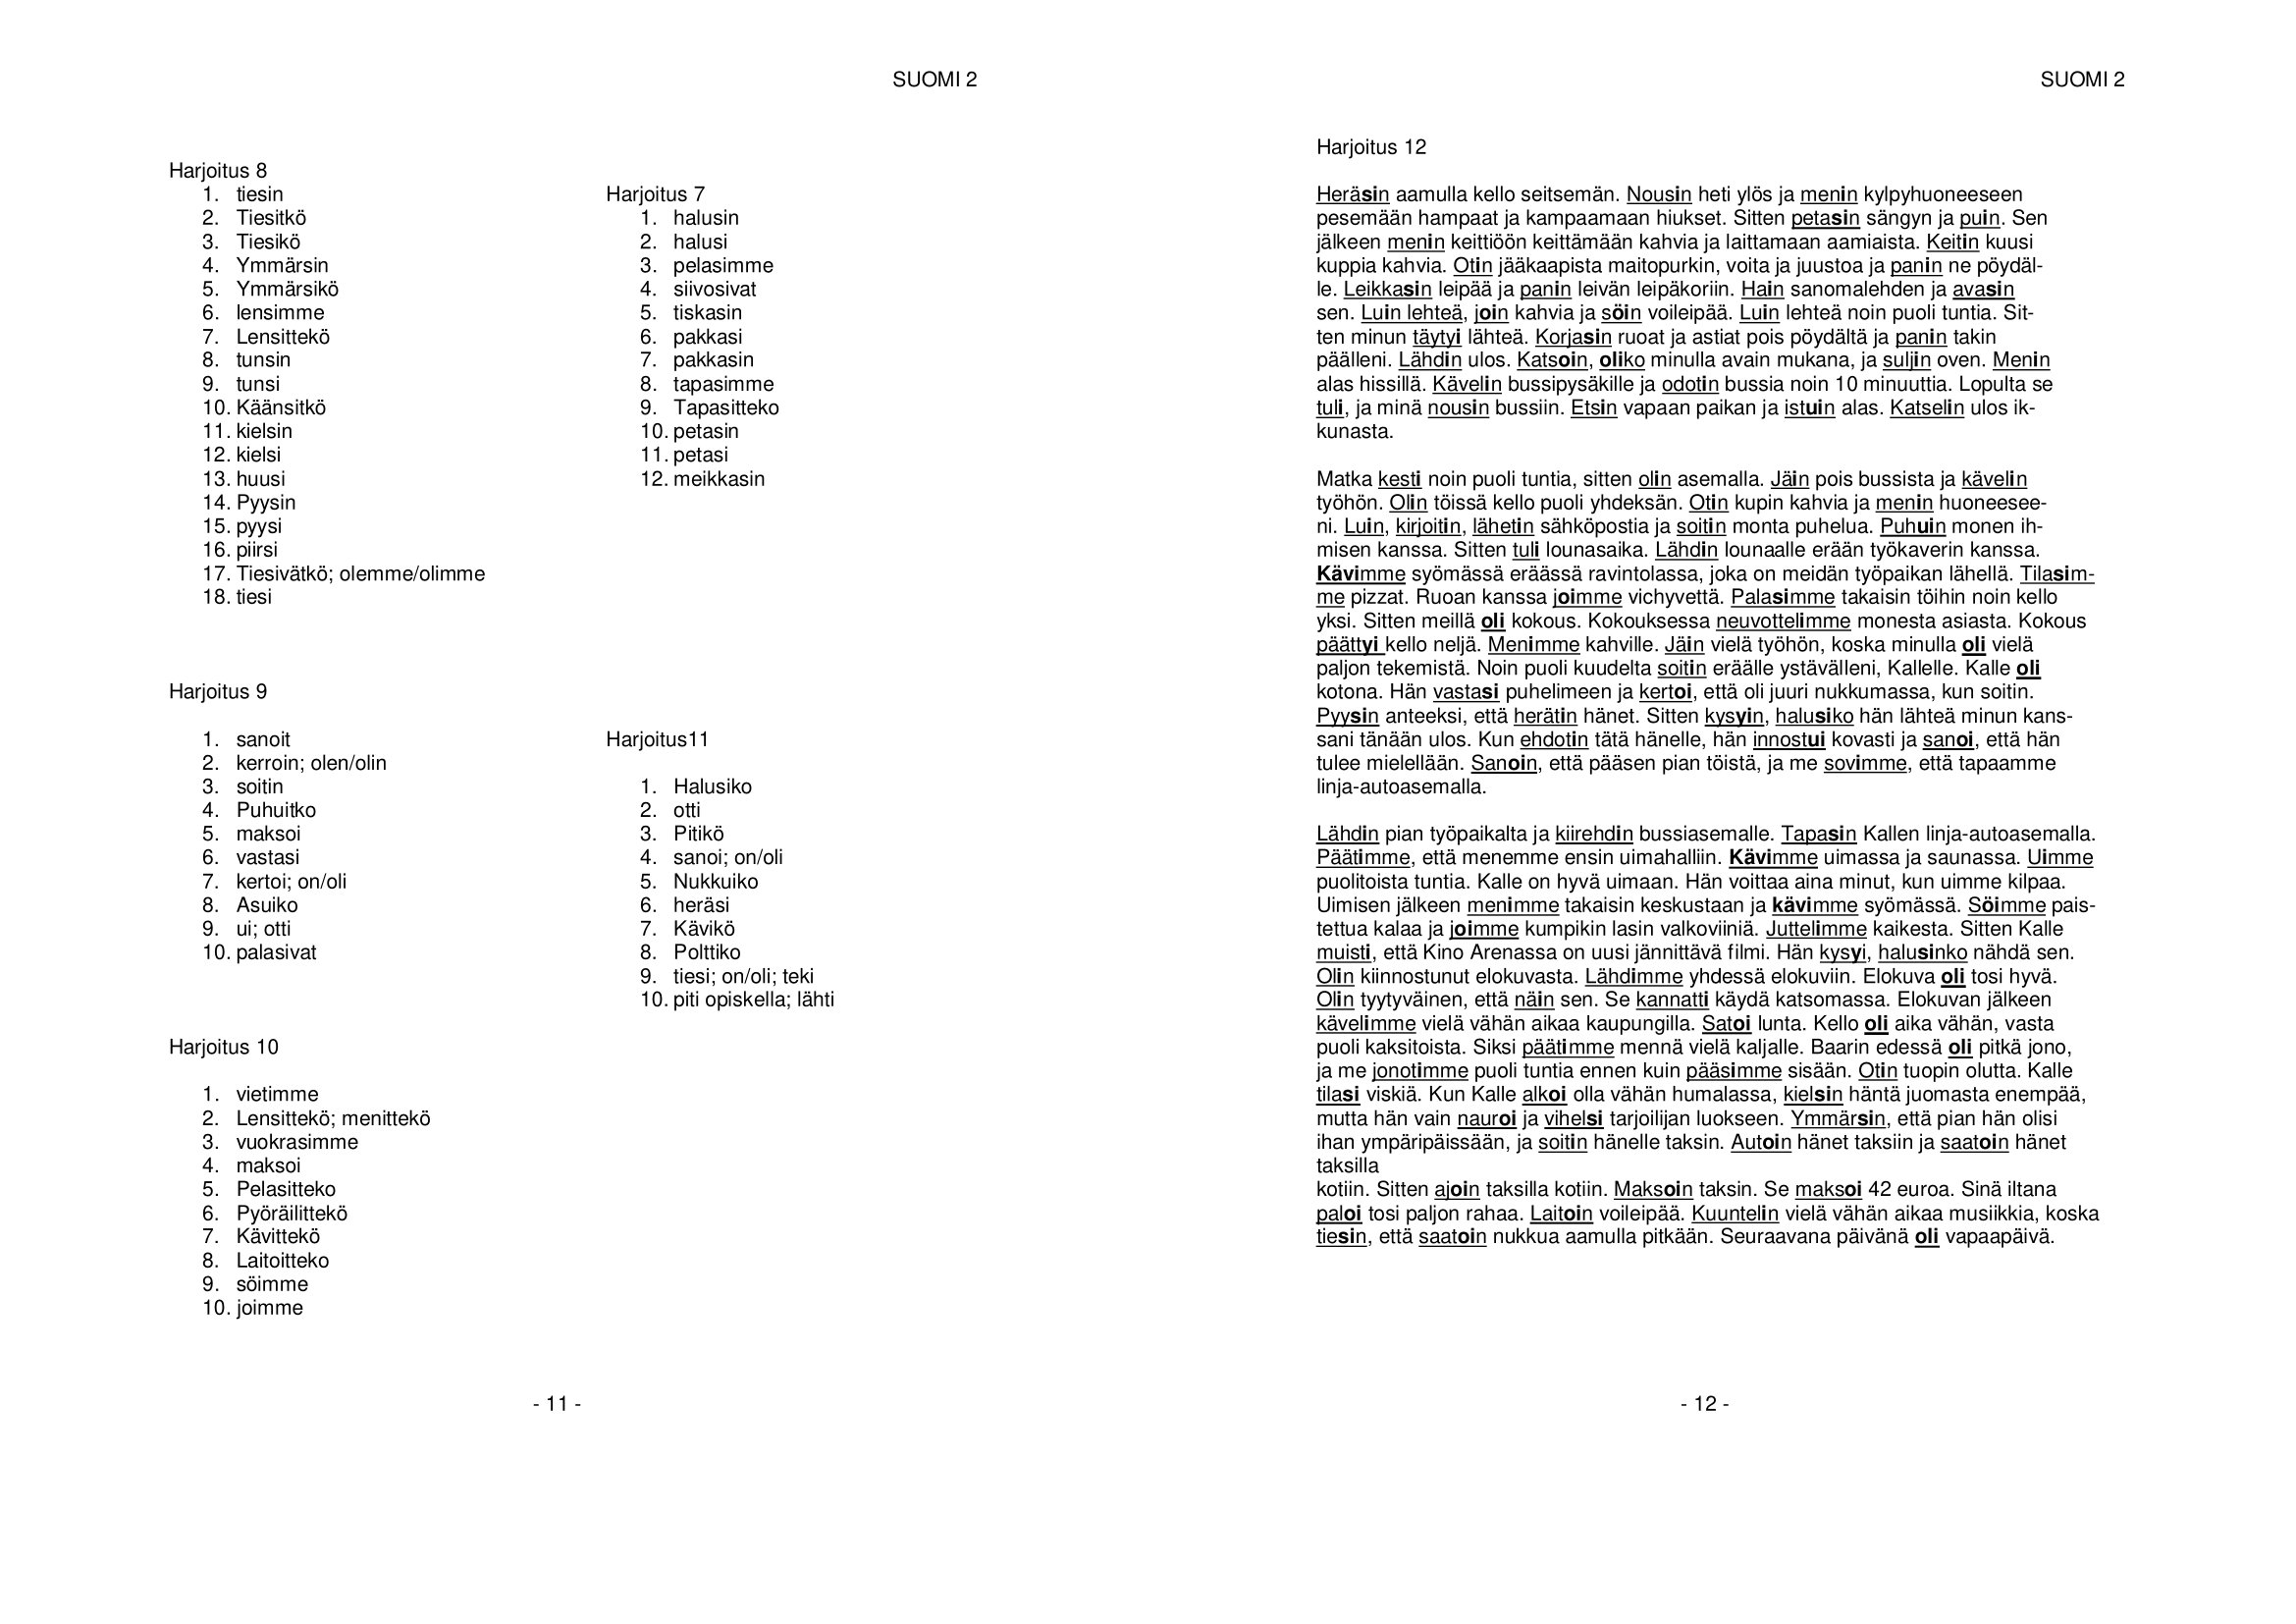
Language: fn